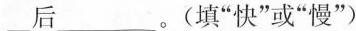
___后___。（填“快”或“慢”）